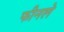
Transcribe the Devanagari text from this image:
फीनले